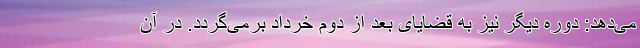
می‌دهد: دوره دیگر نیز به قضایای بعد از دوم خرداد برمی‌گردد. در آن